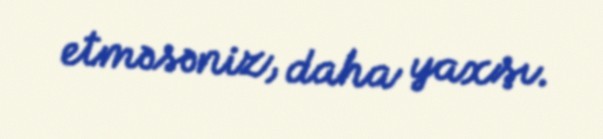
etməsəniz, daha yaxşı.